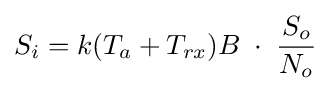
S_{i}=k(T_{a}+T_{rx})B\;\cdot \;{\frac {S_{o}}{N_{o}}}